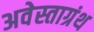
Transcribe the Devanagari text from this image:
अवेस्ताग्रंथ